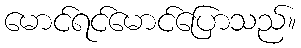
မောင်ရင်မောင်ပြောသည်။